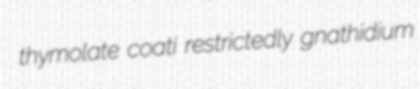
thymolate coati restrictedly gnathidium